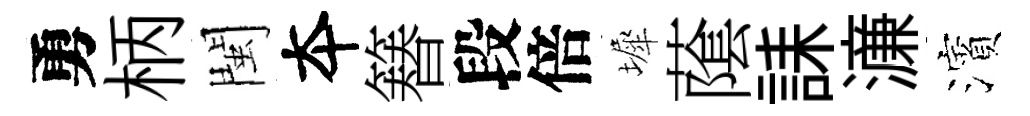
勇柄閩夲簮段倍墀䕃誄濓濱